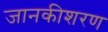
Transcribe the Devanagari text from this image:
जानकीशरण